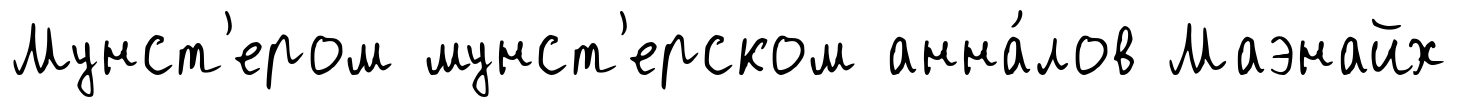
Мунст'ером мунст'ерском анна́лов Маэнайх